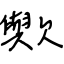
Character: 歟